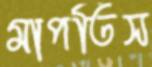
মাপতিস